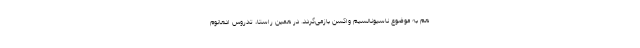
هم به موضوع ناسیونالسیم واکسن بازمی‌گردد. در همین راستا، تدروس ادهانوم